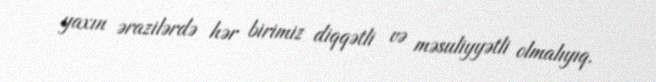
yaxın ərazilərdə hər birimiz diqqətli və məsuliyyətli olmalıyıq.